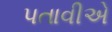
પતાવીએ